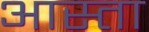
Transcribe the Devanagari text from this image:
आस्ता